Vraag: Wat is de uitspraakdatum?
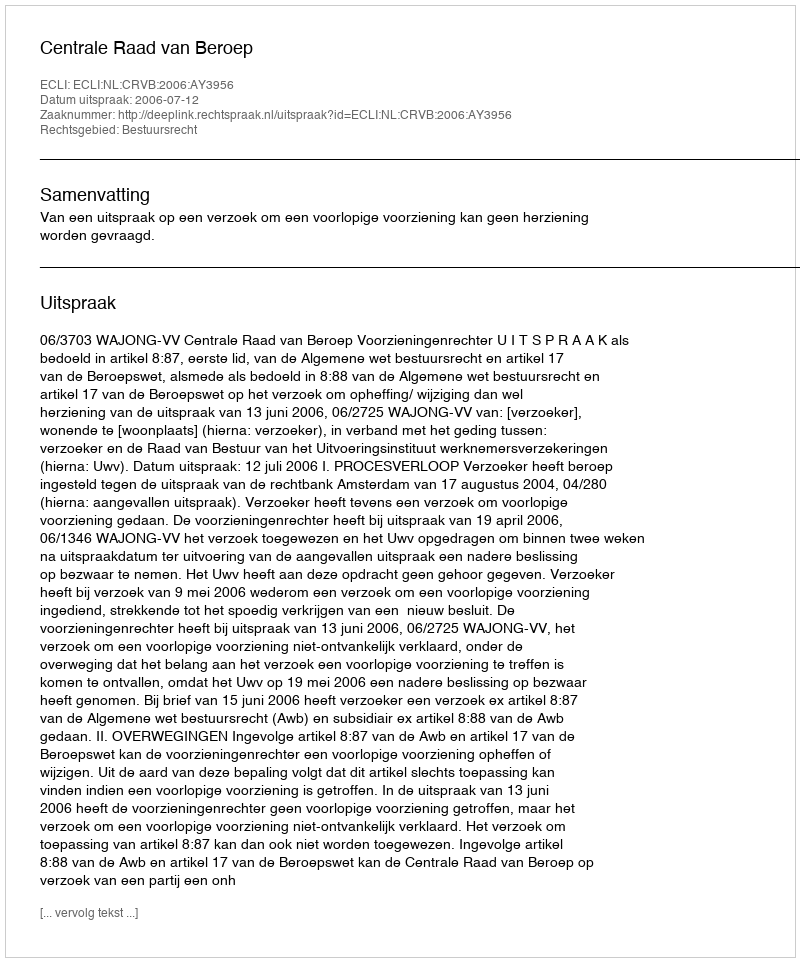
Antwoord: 2006-07-12